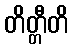
တိတ္တီတိ